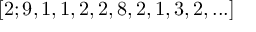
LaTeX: [ 2 ; 9 , 1 , 1 , 2 , 2 , 8 , 2 , 1 , 3 , 2 , . . . ]